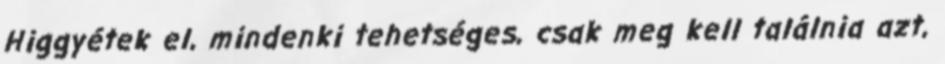
Higgyétek el, mindenki tehetséges, csak meg kell találnia azt,